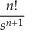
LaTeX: \frac { n ! } { s ^ { n + 1 } }